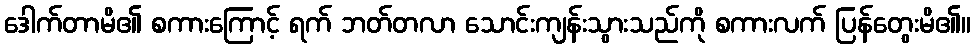
ဒေါက်တာမိ၏ စကားကြောင့် ရက် ဘတ်တလာ သောင်းကျန်းသွားသည်ကို စကားလက် ပြန်တွေးမိ၏။